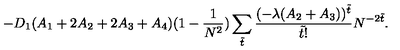
- D _ { 1 } ( A _ { 1 } + 2 A _ { 2 } + 2 A _ { 3 } + A _ { 4 } ) ( 1 - \frac { 1 } { N ^ { 2 } } ) \sum _ { \tilde { t } } \frac { ( - \lambda ( A _ { 2 } + A _ { 3 } ) ) ^ { \tilde { t } } } { \tilde { t } ! } N ^ { - 2 \tilde { t } } .